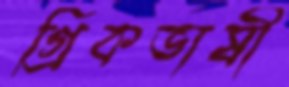
গ্রিকভাষী